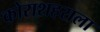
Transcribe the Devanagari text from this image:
कोराशहराला